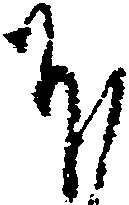
ほ